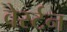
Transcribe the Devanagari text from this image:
वेर्स्टन